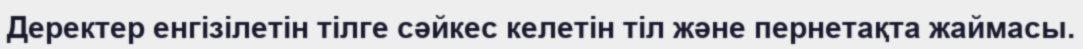
Деректер енгізілетін тілге сәйкес келетін тіл және пернетақта жаймасы.